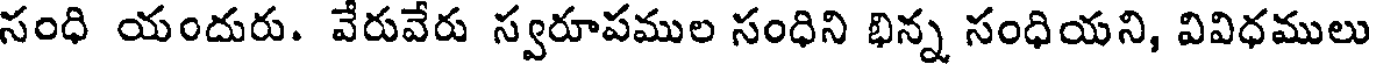
సంధి యందురు. వేరువేరు స్వరూపముల సంధిని భిన్న సంధియని, వివిధములు